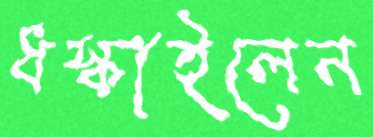
ধস্‌কাইলেন